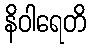
နိဝါရေတိ